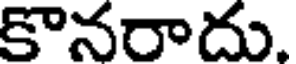
కొనరాదు.